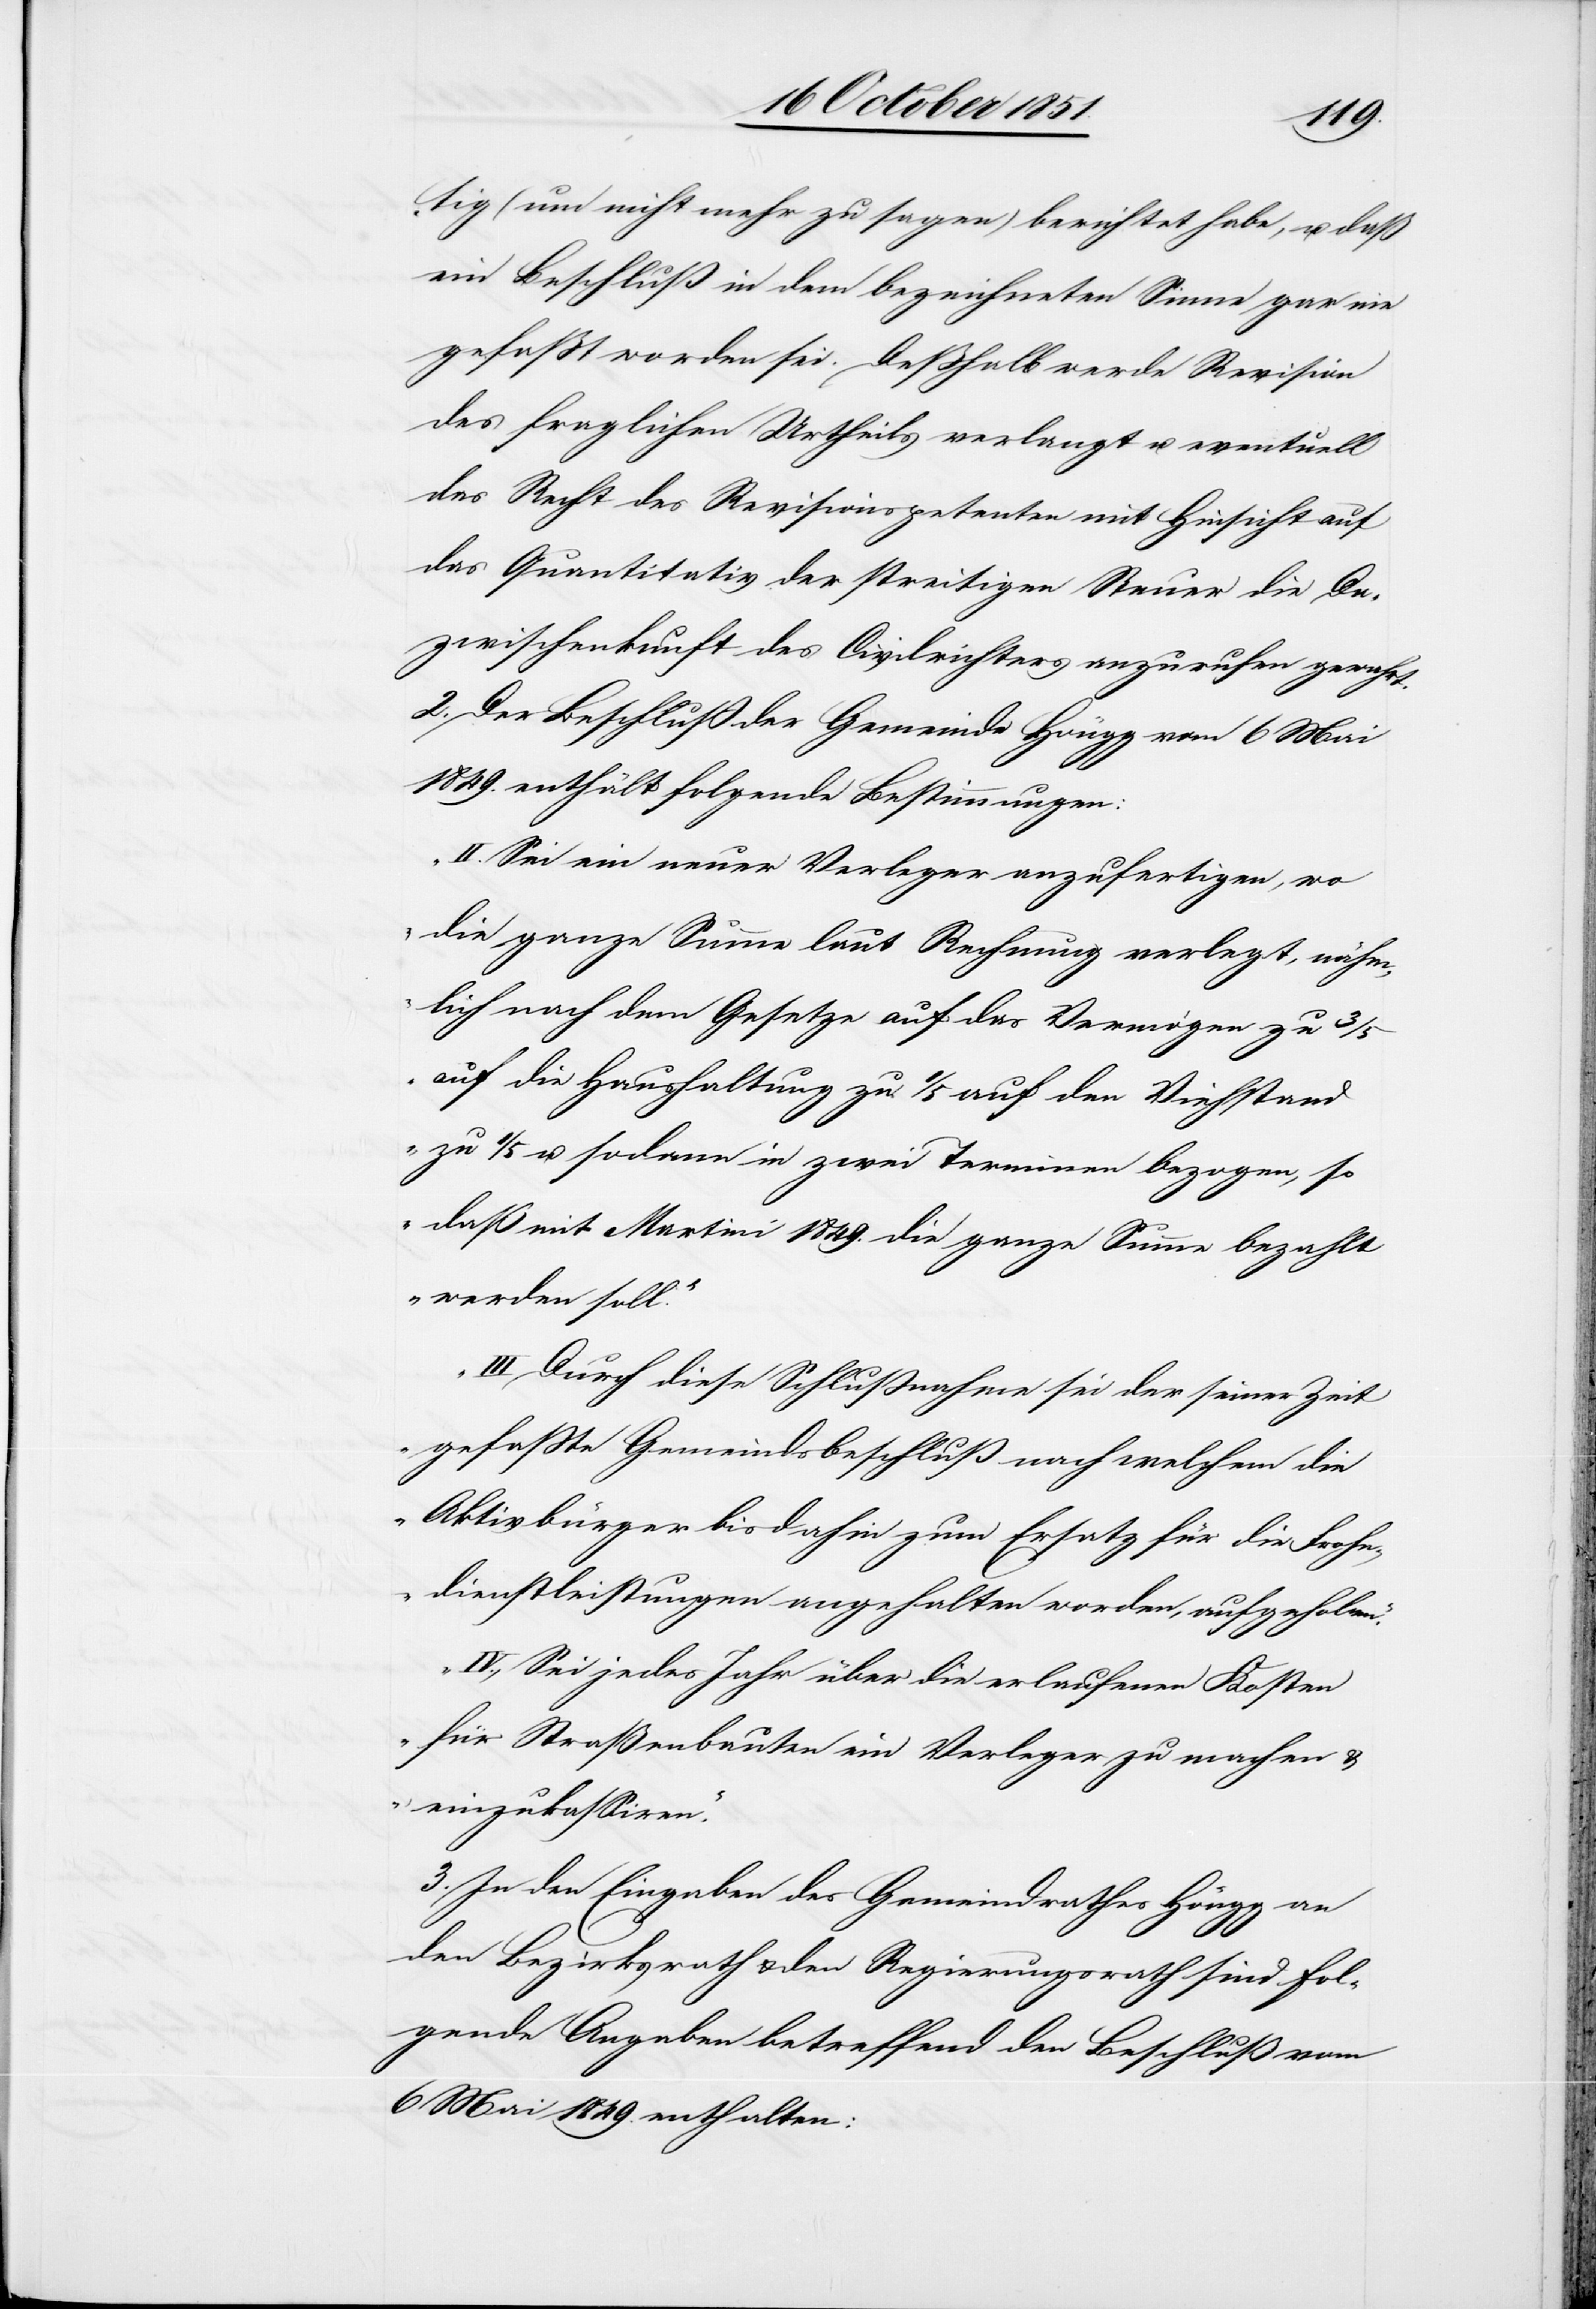
tig (um nicht mehr zu sagen) berichtet habe, u. daß
ein Beschluß in dem bezeichneten Sinne gar nie
gefaßt worden sei. Deßhalb werde Revision
des fraglichen Urtheils verlangt u. eventuell
das Recht des Revisionspetenten mit Hinsicht auf
das Quantitativ der streitigen Steuer die Da¬
zwischenkunft des Civilrichters anzurufen gewahrt.
2. Der Beschluß der Gemeinde Höngg vom 6 Mai
1849. enthält folgende Bestimmungen:
„II. Sei ein neuer Verleger anzufertigen, wo
die ganze Summe laut Rechnung verlegt, nähm¬
lich nach dem Gesetze auf das Vermögen zu 3/5
auf die Haushaltung zu 1/5 auf den Viehstand
zu 1/5 u. sodann in zwei Terminen bezogen, so
daß mit Martini 1849. die ganze Summe bezahlt
werden soll.“
„III. Durch diese Schlußnahme sei der seiner Zeit
gefaßte Gemeindsbeschluß nach welchem die
Aktivbürger bisdahin zum Ersatz für die Frohn¬
dienstleistungen angehalten worden, aufgehoben.“
„IV. Sei jedes Jahr über die erlaufenen Kosten
für Straßenbauten ein Verleger zu machen &
einzukassiren.“
3. In den Eingaben des Gemeindrathes Höngg an
den Bezirksrath & den Regierungsrath sind fol¬
gende Angaben betreffend den Beschluß vom
6 Mai 1849. enthalten: